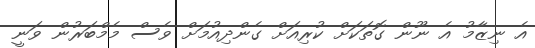
އެ ނިޒާމު އެ ނޫން ގޮތަކަށް ކުރިއަށް ގެންދިއުމަށް ވެސް މެމްބަރުން ވަނީ